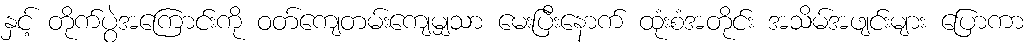
နှင့် တိုက်ပွဲအကြောင်းကို ဝတ်ကျေတမ်းကျေမျှသာ မေးပြီးနောက် ထုံးစံအတိုင်း အသိမ်အဖျင်းများ ပြောကာ